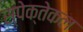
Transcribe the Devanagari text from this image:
स्पेक्तेकल